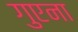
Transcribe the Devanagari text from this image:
गुएना